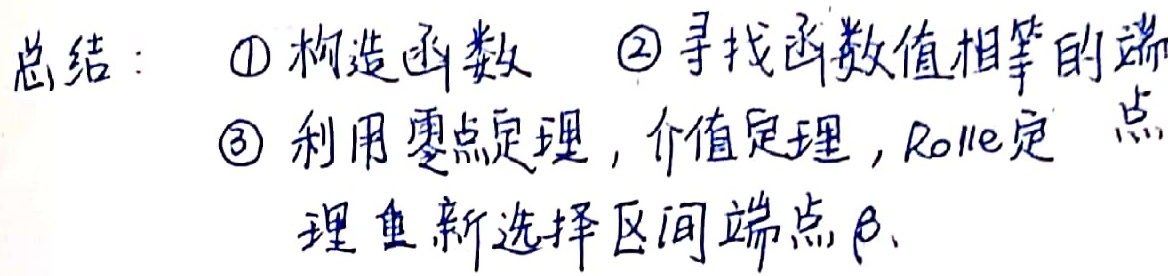
总结：
\textcircled{1} 构造函数
\textcircled{2} 寻找函数值相等的端
\textcircled{3} 利用零点定理，介值定理，Rolle定理重新选择区间端点\(\beta\)